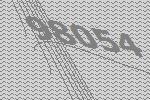
98054